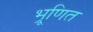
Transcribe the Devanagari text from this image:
भ्रूणित